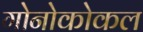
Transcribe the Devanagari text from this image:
गोनोकोकल